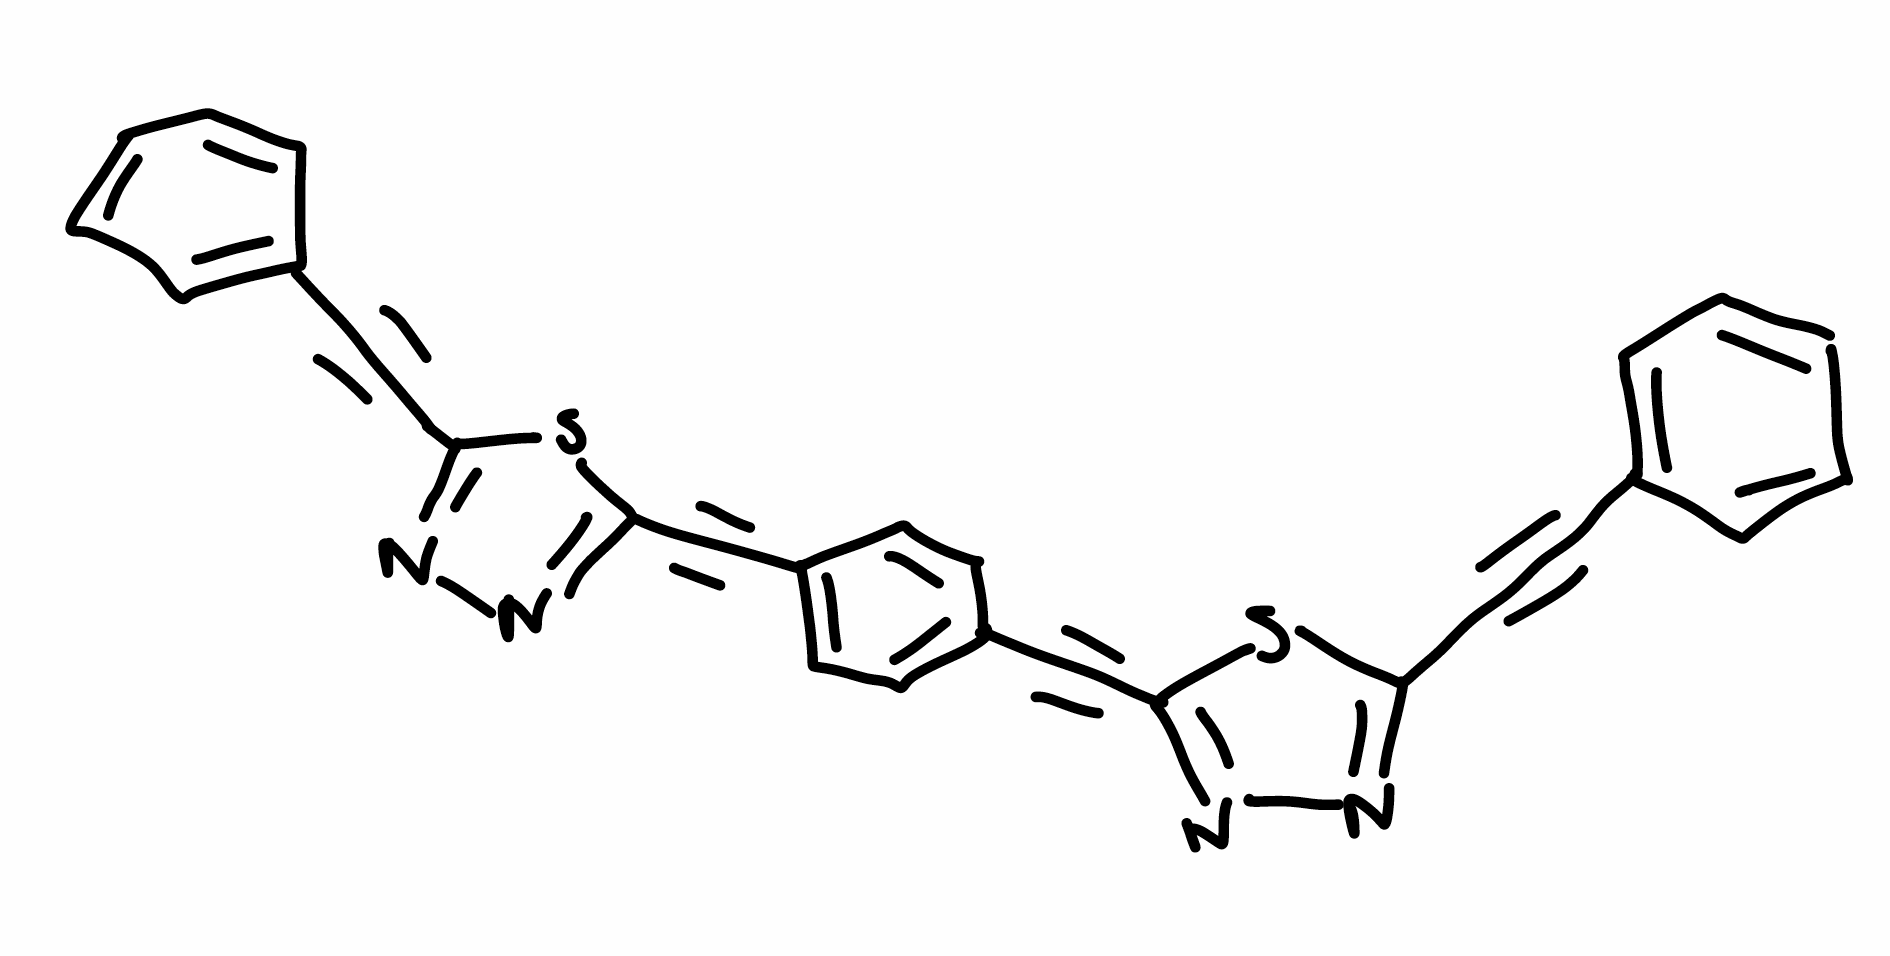
Simplified molecular-input line-entry system (SMILES) notation of the given molecule:
C1=CC=C(C=C1)C#CC2=NN=C(S2)C#CC3=CC=C(C=C3)C#CC4=NN=C(S4)C#CC5=CC=CC=C5